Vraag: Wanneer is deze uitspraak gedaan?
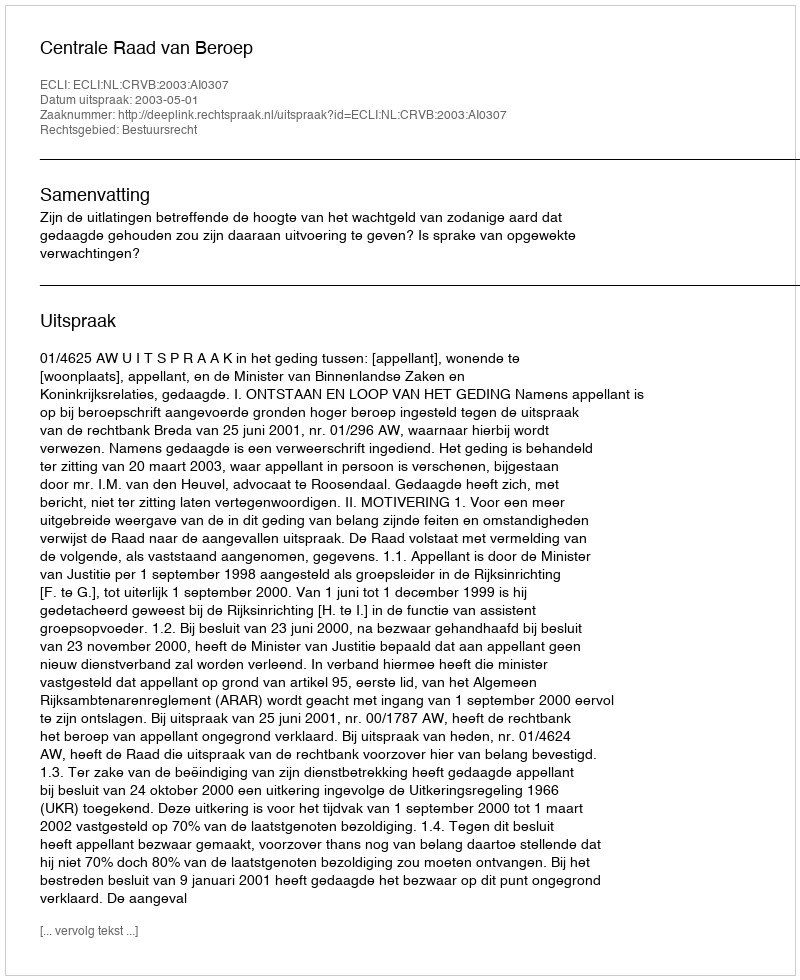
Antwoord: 2003-05-01